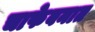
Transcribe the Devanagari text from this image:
चाफेबनात